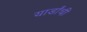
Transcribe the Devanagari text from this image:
यार्डांची